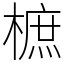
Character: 樜